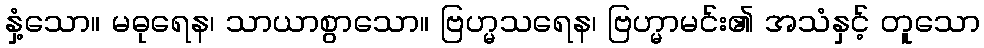
နှံ့သော။ မဓုရေန၊ သာယာစွာသော။ ဗြဟ္မသရေန၊ ဗြဟ္မာမင်း၏ အသံနှင့် တူသော